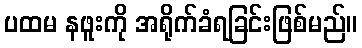
ပထမ နဖူးကို အရိုက်ခံရခြင်းဖြစ်မည်။